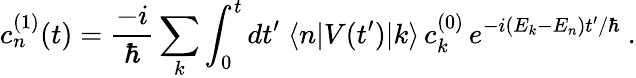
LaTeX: c_{n}^{(1)}(t)={\frac{-i}{\hbar}}\sum_{k}\int_{0}^{t}dt^{\prime}\; \langle n|V(t^{\prime})|k\rangle\, c_{k}^{(0)}\, e^{-i(E_{k}-E_{n})t^{\prime}/\hbar}~.